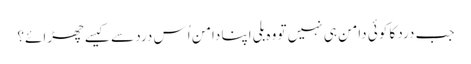
جب درد کا کوئی دامن ہی نہیں تو وہ بلی اپنا دامن اُس درد سے کیسے چھڑائے؟